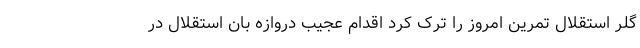
گلر استقلال تمرین امروز را ترک کرد اقدام عجیب دروازه بان استقلال در